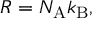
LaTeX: R = N _ { \mathrm { { A } } } k _ { \mathrm { { B } } } ,